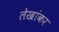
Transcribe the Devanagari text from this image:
लेखांकर